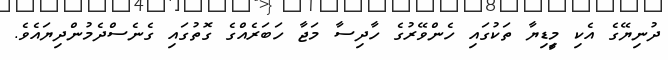
ދުނިޔޭގެ އެކި މީިޑިޔާ ތަކުގައި ހެންވޭރުގެ ހާދިސާ މަޖާ ހަބަރެއްގެ ގޮތުގައި ގެނެސްދެމުންދިޔައެވެ.